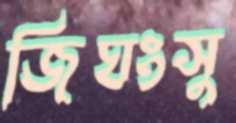
জিঘংসু